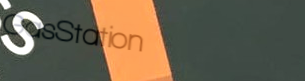
GasStation